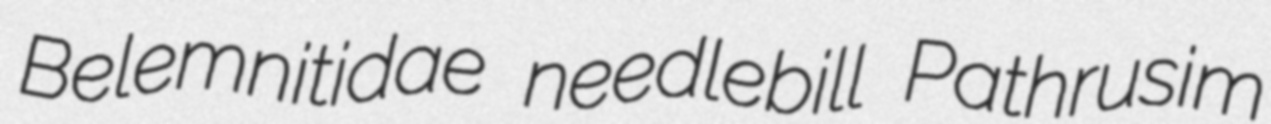
Belemnitidae needlebill Pathrusim